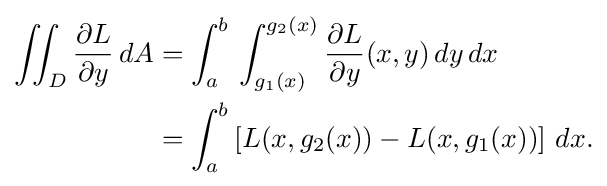
{\begin{aligned}\iint _{D}{\frac {\partial L}{\partial y}}\,dA&=\int _{a}^{b}\,\int _{g_{1}(x)}^{g_{2}(x)}{\frac {\partial L}{\partial y}}(x,y)\,dy\,dx\\&=\int _{a}^{b}\left[L(x,g_{2}(x))-L(x,g_{1}(x))\right]\,dx.\end{aligned}}